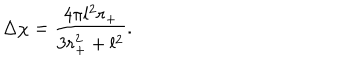
\Delta \chi = \frac { 4 \pi l ^ { 2 } r _ { + } } { 3 r _ { + } ^ { 2 } + l ^ { 2 } } .